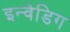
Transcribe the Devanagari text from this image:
इन्वेडिग